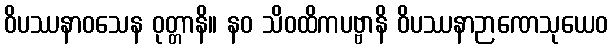
ဝိပဿနာဝသေန ဝုတ္တာနိ။ နဝ သိဝထိကပဗ္ဗာနိ ဝိပဿနာဉာဏေသုယေဝ